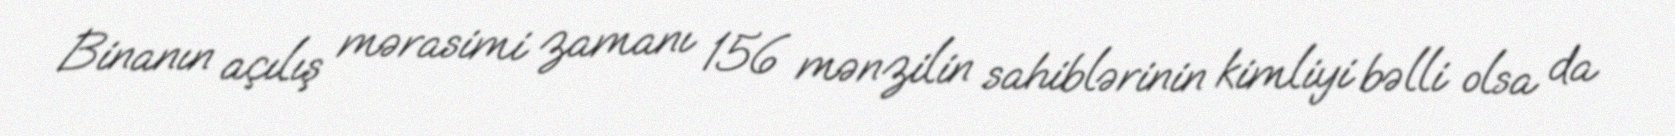
Binanın açılış mərasimi zamanı 156 mənzilin sahiblərinin kimliyi bəlli olsa da